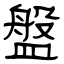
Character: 盤